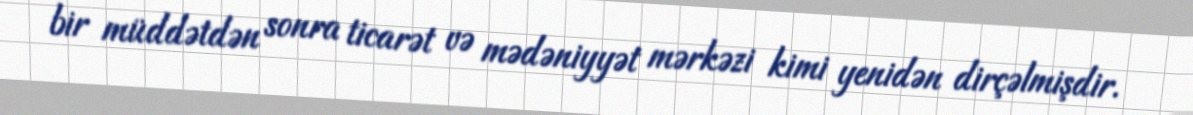
bir müddətdən sonra ticarət və mədəniyyət mərkəzi kimi yenidən dirçəlmişdir.